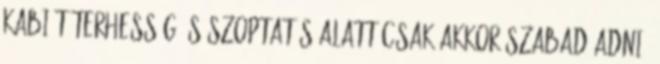
Kabi-t terhesség és szoptatás alatt csak akkor szabad adni,